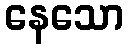
နေသော